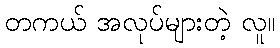
တကယ် အလုပ်များတဲ့ လူ။